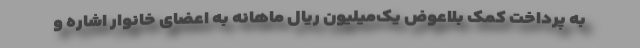
به پرداخت کمک بلاعوض یک‌میلیون ریال ماهانه به اعضای خانوار اشاره و